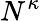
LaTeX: N^{\kappa}